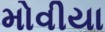
મોવીયા